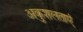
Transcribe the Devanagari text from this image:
अकुशलताएं